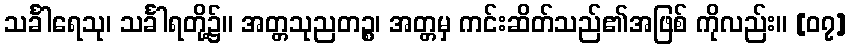
သင်္ခါရေသု၊ သင်္ခါရတို့၌။ အတ္တသုညတဉ္စ၊ အတ္တမှ ကင်းဆိတ်သည်၏အဖြစ် ကိုလည်း။ [၀၇]